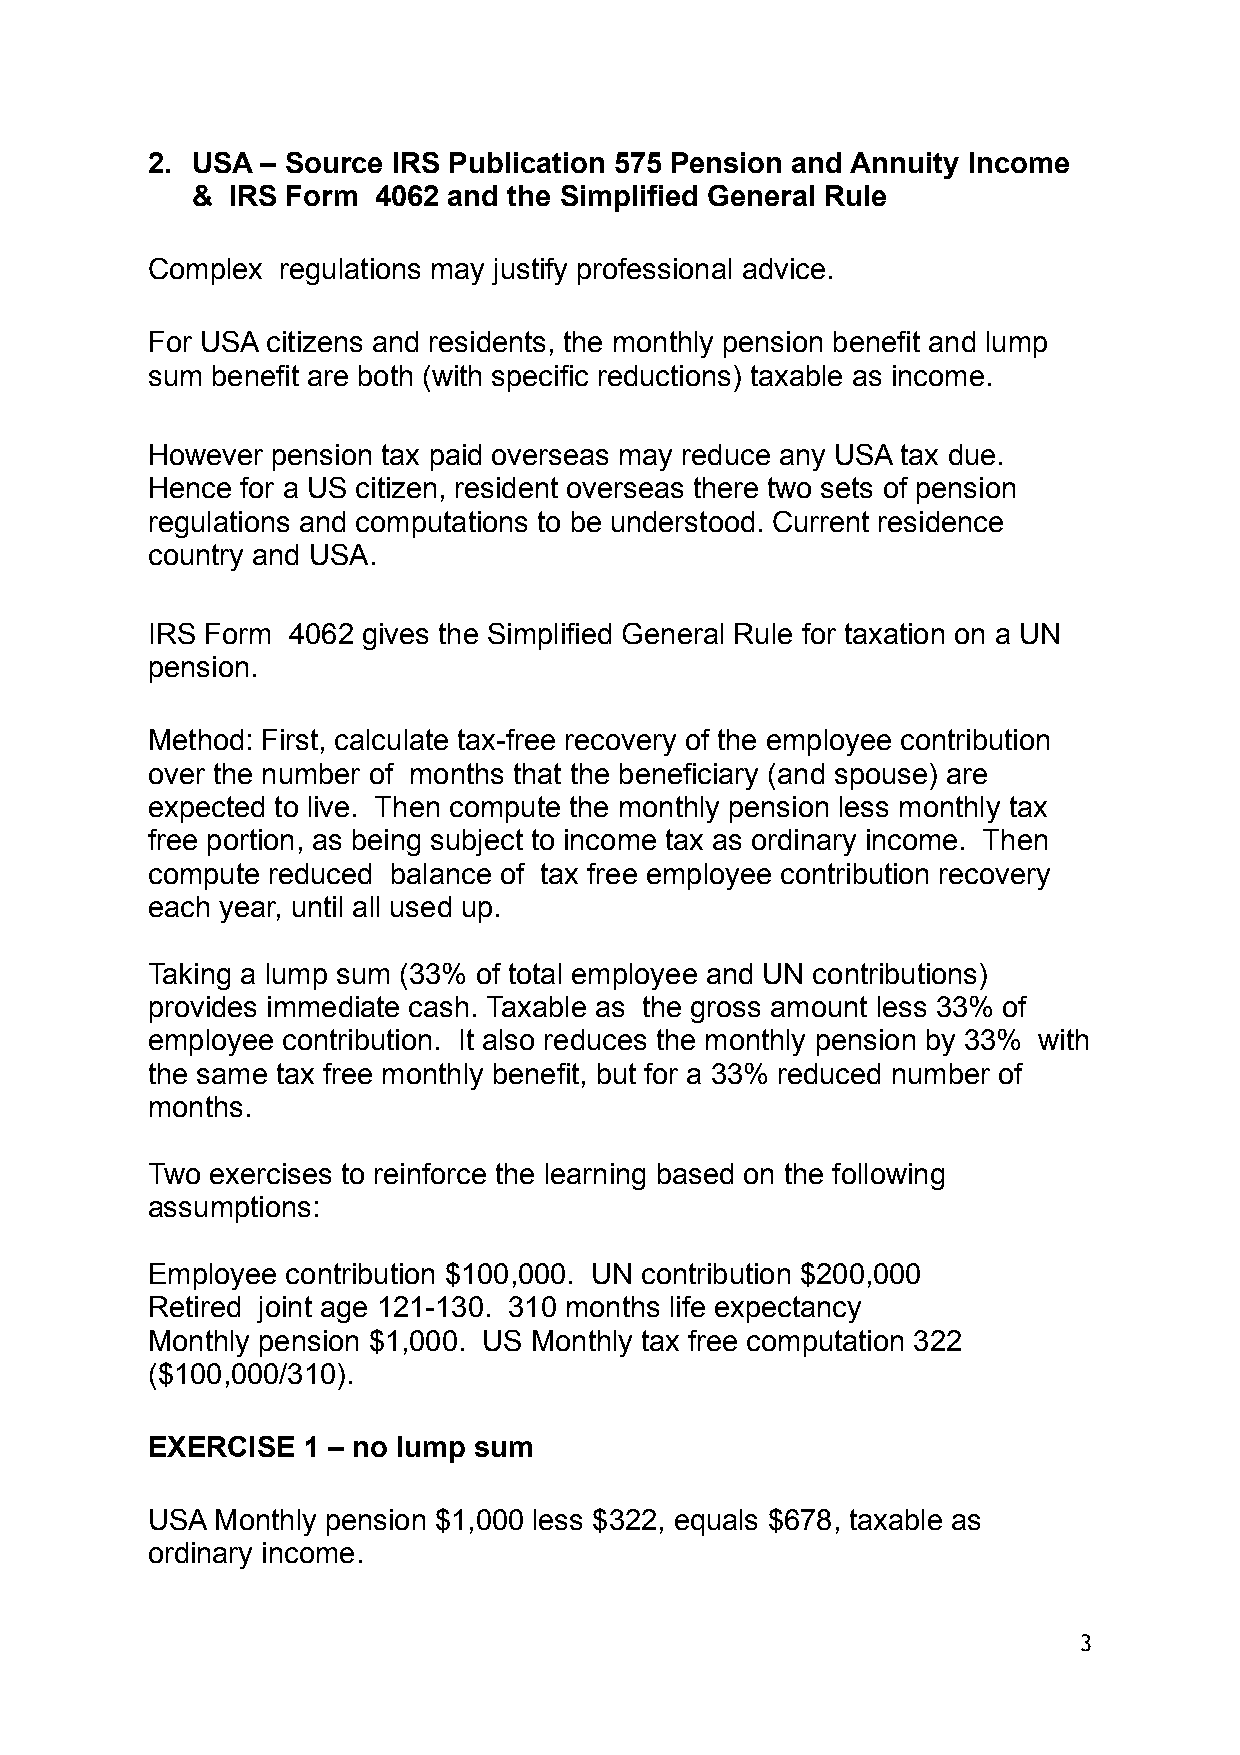
2. USA – Source IRS Publication 575 Pension and Annuity Income
 & IRS Form  4062 and the Simplified General Rule
 Complex regulations may justify professional advice.
 For USA citizens and residents, the monthly pension benefit and lump
 sum benefit are both (with specific reductions) taxable as income.
 However pension tax paid overseas may reduce any USA tax due.
 Hence for a US citizen, resident overseas there two sets of pension
 regulations and computations to be understood. Current residence
 country and USA.
 IRS Form 4062 gives the Simplified General Rule for taxation on a UN
 pension.
 Method: First, calculate tax-free recovery of the employee contribution
 over the number of months that the beneficiary (and spouse) are
 expected to live. Then compute the monthly pension less monthly tax
 free portion, as being subject to income tax as ordinary income. Then
 compute reduced balance of tax free employee contribution recovery
 each year, until all used up.
 Taking a lump sum (33% of total employee and UN contributions)
 provides immediate cash. Taxable as the gross amount less 33% of
 employee contribution. It also reduces the monthly pension by 33% with
 the same tax free monthly benefit, but for a 33% reduced number of
 months.
 Two exercises to reinforce the learning based on the following
 assumptions:
 Employee contribution $100,000. UN contribution $200,000
 Retired joint age 121-130. 310 months life expectancy
 Monthly pension $1,000. US Monthly tax free computation 322
 ($100,000/310).
 EXERCISE  1 – no lump sum
 USA Monthly pension $1,000 less $322, equals $678, taxable as
 ordinary income.
 3